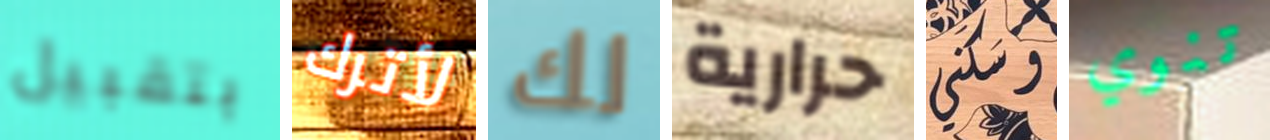
بتقبيل لأترك لك حرارية سكني تنوي